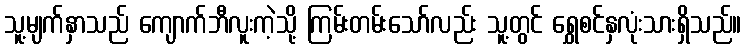
သူ့မျက်နှာသည် ကျောက်ဘီလူးကဲ့သို့ ကြမ်းတမ်းသော်လည်း သူ့တွင် ရွှေစင်နှလုံးသားရှိသည်။